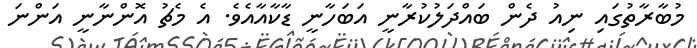
މުބާރާތުގައި ނިއު ދެން ބައްދަލުކުރާނީ އަބަހާނީ ޑާކާއާއެވެ. އެ މެޗު އޮންނާނީ އަންނަ